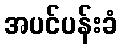
အပင်ပန်းခံ